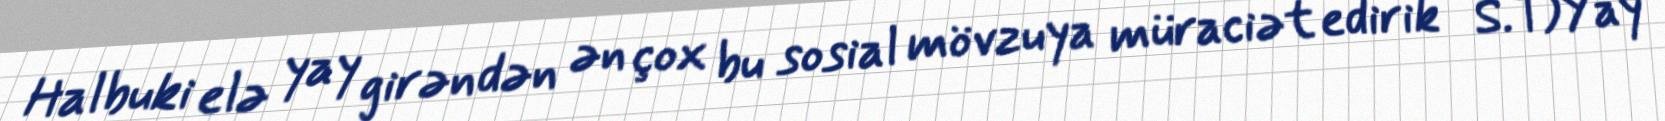
Halbuki elə yay girəndən ən çox bu sosial mövzuya müraciət edirik - S.T)Yay